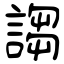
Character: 謅